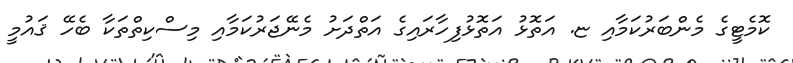
ކޮމެޓީގެ މެންބަރުކަމާއި ޏ. އަތޮޅު އަތޮޅުފިހާރައިގެ އަތްދަށު މެނޭޖަރުކަމާއި މިސްކިތްތަކާ ބެހޭ ޤައުމީ